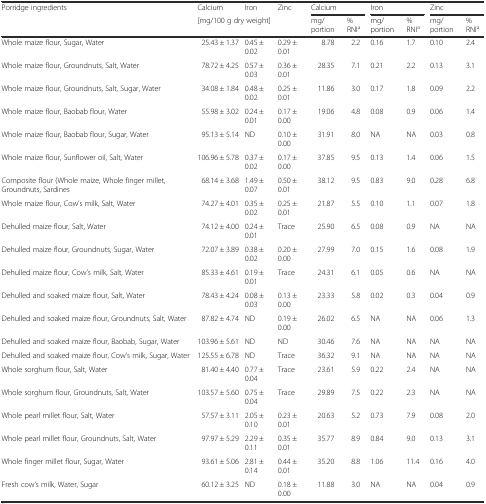
<table><thead><tr><td rowspan="2"><b>Porridge ingredients</b></td><td><b>Calcium</b></td><td><b>Iron</b></td><td><b>Zinc</b></td><td colspan="2"><b>Calcium</b></td><td colspan="2"><b>Iron</b></td><td colspan="2"><b>Zinc</b></td></tr><tr><td colspan="3"><b>[mg/100 g dry weight]</b></td><td><b>mg/portion</b></td><td><b>% RNI<sup>a</sup></b></td><td><b>mg/portion</b></td><td><b>% RNI<sup>a</sup></b></td><td><b>mg/portion</b></td><td><b>% RNI<sup>a</sup></b></td></tr></thead><tbody><tr><td>Whole maize flour, Sugar, Water</td><td>25.43 ± 1.37</td><td>0.45 ± 0.02</td><td>0.29 ± 0.01</td><td>8.78</td><td>2.2</td><td>0.16</td><td>1.7</td><td>0.10</td><td>2.4</td></tr><tr><td>Whole maize flour, Groundnuts, Salt, Water</td><td>78.72 ± 4.25</td><td>0.57 ± 0.03</td><td>0.36 ± 0.01</td><td>28.35</td><td>7.1</td><td>0.21</td><td>2.2</td><td>0.13</td><td>3.1</td></tr><tr><td>Whole maize flour, Groundnuts, Salt, Sugar, Water</td><td>34.08 ± 1.84</td><td>0.48 ± 0.02</td><td>0.25 ± 0.01</td><td>11.86</td><td>3.0</td><td>0.17</td><td>1.8</td><td>0.09</td><td>2.2</td></tr><tr><td>Whole maize flour, Baobab flour, Water</td><td>55.98 ± 3.02</td><td>0.24 ± 0.01</td><td>0.17 ± 0.00</td><td>19.06</td><td>4.8</td><td>0.08</td><td>0.9</td><td>0.06</td><td>1.4</td></tr><tr><td>Whole maize flour, Baobab flour, Sugar, Water</td><td>95.13 ± 5.14</td><td>ND</td><td>0.10 ± 0.00</td><td>31.91</td><td>8.0</td><td>NA</td><td>NA</td><td>0.03</td><td>0.8</td></tr><tr><td>Whole maize flour, Sunflower oil, Salt, Water</td><td>106.96 ± 5.78</td><td>0.37 ± 0.02</td><td>0.17 ± 0.00</td><td>37.85</td><td>9.5</td><td>0.13</td><td>1.4</td><td>0.06</td><td>1.5</td></tr><tr><td>Composite flour (Whole maize, Whole finger millet, Groundnuts, Sardines</td><td>68.14 ± 3.68</td><td>1.49 ± 0.07</td><td>0.50 ± 0.01</td><td>38.12</td><td>9.5</td><td>0.83</td><td>9.0</td><td>0.28</td><td>6.8</td></tr><tr><td>Whole maize flour, Cow’s milk, Salt, Water</td><td>74.27 ± 4.01</td><td>0.35 ± 0.02</td><td>0.25 ± 0.01</td><td>21.87</td><td>5.5</td><td>0.10</td><td>1.1</td><td>0.07</td><td>1.8</td></tr><tr><td>Dehulled maize flour, Salt, Water</td><td>74.12 ± 4.00</td><td>0.24 ± 0.01</td><td>Trace</td><td>25.90</td><td>6.5</td><td>0.08</td><td>0.9</td><td>NA</td><td>NA</td></tr><tr><td>Dehulled maize flour, Groundnuts, Sugar, Water</td><td>72.07 ± 3.89</td><td>0.38 ± 0.02</td><td>0.20 ± 0.00</td><td>27.99</td><td>7.0</td><td>0.15</td><td>1.6</td><td>0.08</td><td>1.9</td></tr><tr><td>Dehulled maize flour, Cow’s milk, Salt, Water</td><td>85.33 ± 4.61</td><td>0.19 ± 0.01</td><td>Trace</td><td>24.31</td><td>6.1</td><td>0.05</td><td>0.6</td><td>NA</td><td>NA</td></tr><tr><td>Dehulled and soaked maize flour, Salt, Water</td><td>78.43 ± 4.24</td><td>0.08 ± 0.03</td><td>0.13 ± 0.00</td><td>23.33</td><td>5.8</td><td>0.02</td><td>0.3</td><td>0.04</td><td>0.9</td></tr><tr><td>Dehulled and soaked maize flour, Groundnuts, Salt, Water</td><td>87.82 ± 4.74</td><td>ND</td><td>0.19 ± 0.00</td><td>26.02</td><td>6.5</td><td>NA</td><td>NA</td><td>0.06</td><td>1.3</td></tr><tr><td>Dehulled and soaked maize flour, Baobab, Sugar, Water</td><td>103.96 ± 5.61</td><td>ND</td><td>ND</td><td>30.46</td><td>7.6</td><td>NA</td><td>NA</td><td>NA</td><td>NA</td></tr><tr><td>Dehulled and soaked maize flour, Cow’s milk, Sugar, Water</td><td>125.55 ± 6.78</td><td>ND</td><td>Trace</td><td>36.32</td><td>9.1</td><td>NA</td><td>NA</td><td>NA</td><td>NA</td></tr><tr><td>Whole sorghum flour, Salt, Water</td><td>81.40 ± 4.40</td><td>0.77 ± 0.04</td><td>Trace</td><td>23.61</td><td>5.9</td><td>0.22</td><td>2.4</td><td>NA</td><td>NA</td></tr><tr><td>Whole sorghum flour, Groundnuts, Salt, Water</td><td>103.57 ± 5.60</td><td>0.75 ± 0.04</td><td>Trace</td><td>29.89</td><td>7.5</td><td>0.22</td><td>2.3</td><td>NA</td><td>NA</td></tr><tr><td>Whole pearl millet flour, Salt, Water</td><td>57.57 ± 3.11</td><td>2.05 ± 0.10</td><td>0.23 ± 0.01</td><td>20.63</td><td>5.2</td><td>0.73</td><td>7.9</td><td>0.08</td><td>2.0</td></tr><tr><td>Whole pearl millet flour, Groundnuts, Salt, Water</td><td>97.97 ± 5.29</td><td>2.29 ± 0.11</td><td>0.35 ± 0.01</td><td>35.77</td><td>8.9</td><td>0.84</td><td>9.0</td><td>0.13</td><td>3.1</td></tr><tr><td>Whole finger millet flour, Sugar, Water</td><td>93.61 ± 5.06</td><td>2.81 ± 0.14</td><td>0.44 ± 0.01</td><td>35.20</td><td>8.8</td><td>1.06</td><td>11.4</td><td>0.16</td><td>4.0</td></tr><tr><td>Fresh cow’s milk, Water, Sugar</td><td>60.12 ± 3.25</td><td>ND</td><td>0.18 ± 0.00</td><td>11.88</td><td>3.0</td><td>NA</td><td>NA</td><td>0.04</td><td>0.9</td></tr></tbody></table>